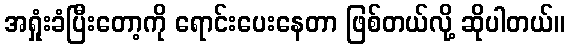
အရှုံးခံပြီးတော့ကို ရောင်းပေးနေတာ ဖြစ်တယ်လို့ ဆိုပါတယ်။